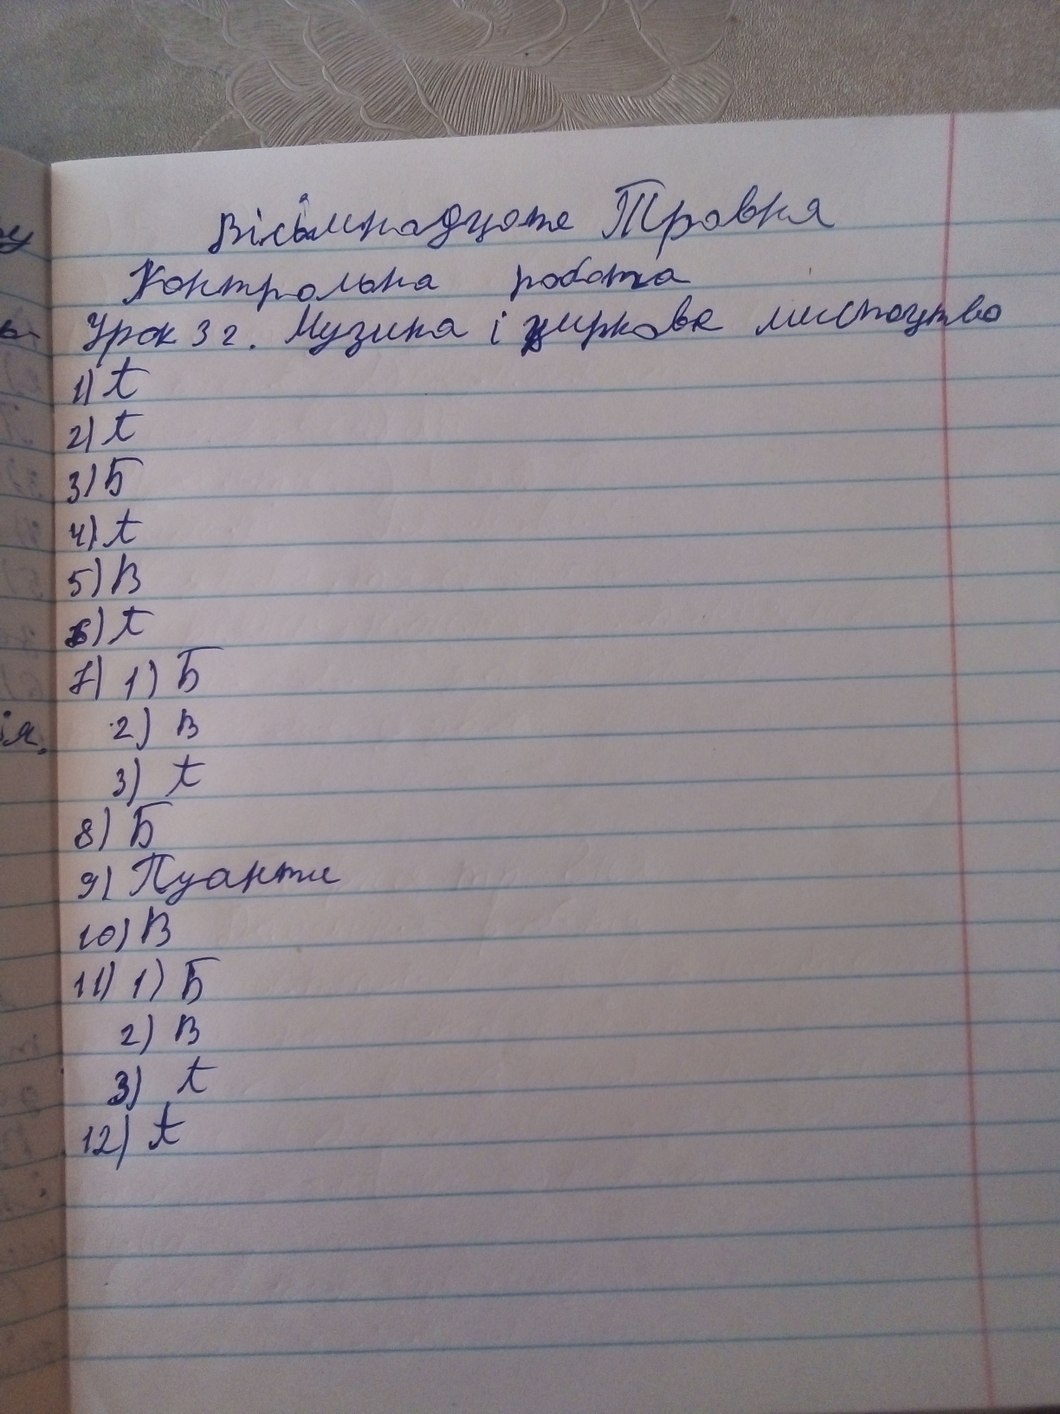
Вісімнадцяте Травня
у
Контрольна робота
Урок 32. Музика і цифрове мистецтво
ь-
1) А
2) А
3) Б
4) А
5) B
6) А
7) 1) Б
2) В
ія.
3) А
8) Б
9) Пуанти
10) В
11) 1) Б
2) B
3) А
12) А